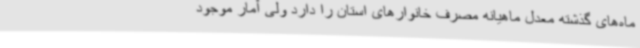
ماه‌های گذشته معدل ماهیانه مصرف خانوارهای استان را دارد ولی آمار موجود